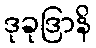
ဒုခုဒြာနိ